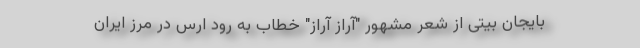
بایجان بیتی از شعر مشهور "آراز آراز" خطاب به رود ارس در مرز ایران